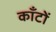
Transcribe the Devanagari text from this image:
कॉँटों